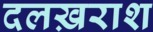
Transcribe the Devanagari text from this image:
दलख़राश